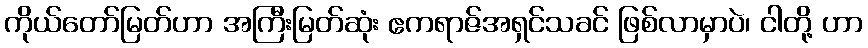
ကိုယ်တော်မြတ်ဟာ အကြီးမြတ်ဆုံး ဧကရာဇ်အရှင်သခင် ဖြစ်လာမှာပဲ၊ ငါတို့ ဟာ